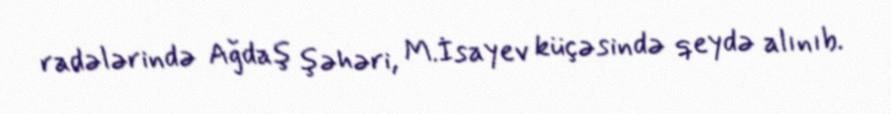
radələrində Ağdaş şəhəri, M.İsayev küçəsində qeydə alınıb.